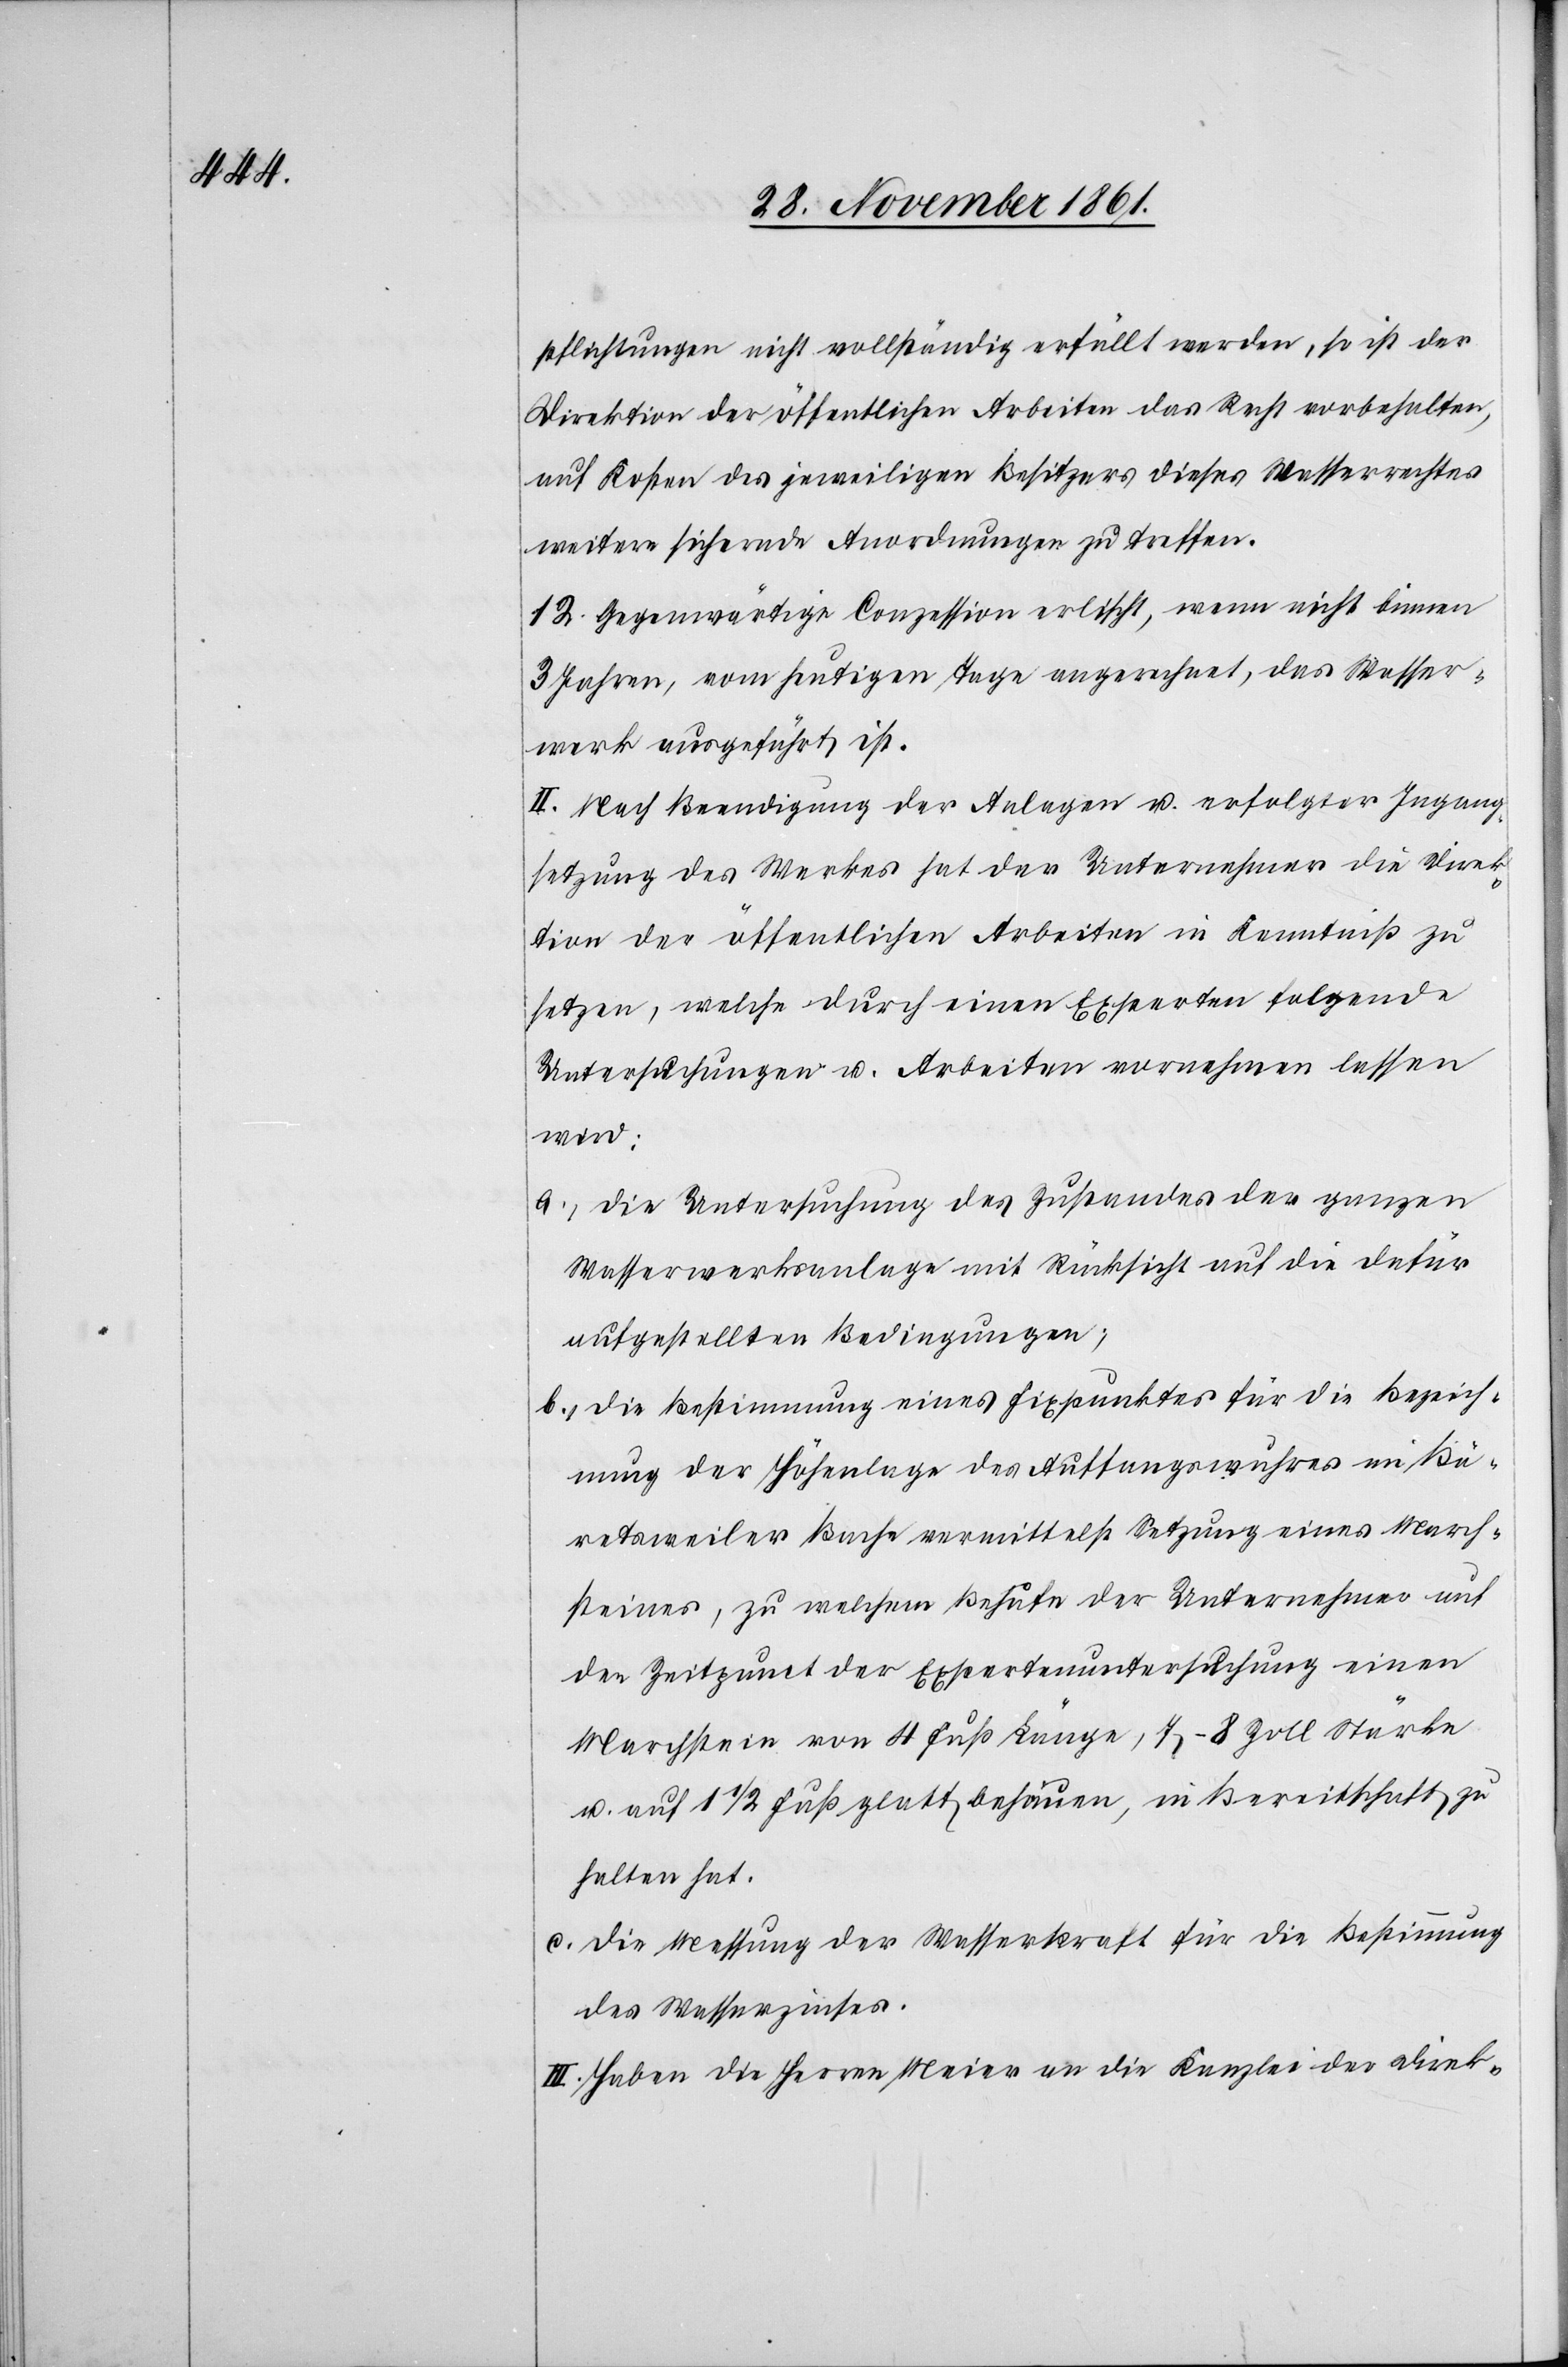
pflichtungen nicht vollständig erfüllt werden, so ist der
Direktion der öffentlichen Arbeiten das Recht vorbehalten,
auf Kosten des jeweiligen Besitzers dieses Wasserrechtes
weiter sichernde Anordnungen zu treffen.
12. Gegenwärtige Conzession erlischt, wenn nicht binnen
3 Jahren vom heutigen Tage angerechnet, das Wasser¬
werk ausgeführt ist.
II. Nach Beendigung der Anlagen u. erfolgter Ingang¬
setzung des Werkes hat der Unternehmer die Direk¬
tion der öffentlichen Arbeiten in Kenntniß zu
setzen, welche durch einen Experten folgende
Untersuchungen u. Arbeiten vornehmen lassen
wird:
a., die Untersuchung des Zustandes der ganzen
Wasserwerksanlage mit Rücksicht auf die dafür
aufgestellten Bedingungen;
b., die Bestimmung eines Fixpunktes für die Bezeich¬
nung der Höhenlage des Auffangswuhres im Bä¬
retsweiler Bache vermittelst Setzung eines March¬
steines, zu welchem Behufe der Unternehmer auf
den Zeitpunkt der Expertenuntersuchung einen
Marchstein von 4 Fuß Länge, 7–8 Zoll Stärke
u. auf 1 1/2 Fuß glatt behauen, in Bereitschaft zu
halten hat.
c. die Messung der Wasserkraft für die Bestimmung
des Wasserzinses.
III. Haben die Herren Meier an die Kanzlei der Direk-